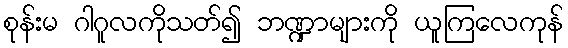
စုန်းမ ဂါဂူလကိုသတ်၍ ဘဏ္ဍာများကို ယူကြလေကုန်